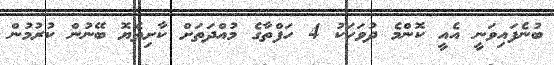
ބުނެފައިވަނީ އެއީ ކޮންމެ ދުވަހަކު 4 ހަފްތާގެ މުއްދަތަށް ކާށިތެޔޮ ބޭނުން ކުރުމުން